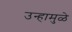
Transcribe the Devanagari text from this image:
उन्हामुळे